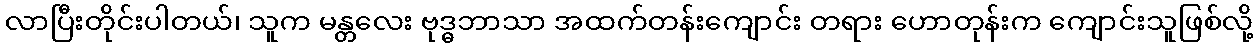
လာပြီးတိုင်းပါတယ်၊ သူက မန္တလေး ဗုဒ္ဓဘာသာ အထက်တန်းကျောင်း တရား ဟောတုန်းက ကျောင်းသူဖြစ်လို့